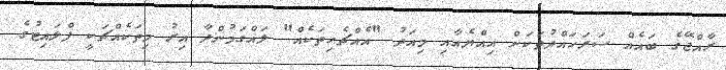
ރާއްޖޭގެ ބައެއް ސަރަހައްދުތަކަށް އިއްޔެއާއި މިއަދު "އެއްޗެހިތަކެއް" ލައްގަމުންދާ އިރު މިތަކެއްޗަކީ ފްލައިޓުގެ